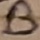
Text: B